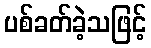
ပစ်ခတ်ခဲ့သဖြင့်